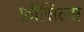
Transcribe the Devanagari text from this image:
फ़ॉसिल्स